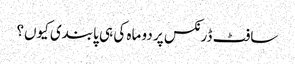
سافٹ ڈرنکس پر دو ماہ کی ہی پابندی کیوں؟